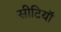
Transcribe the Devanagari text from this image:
सीटियाॅ